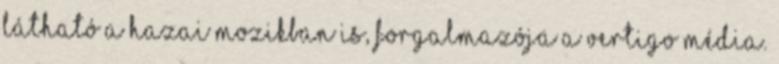
látható a hazai mozikban is, forgalmazója a Vertigo Média.